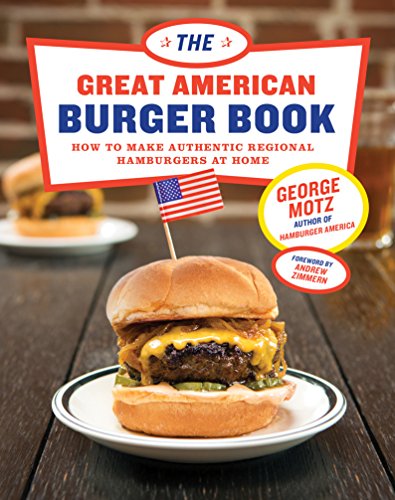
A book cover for The Great American Burger Book: How to Make Authentic Regional Hamburgers at Home; George Motz; Cookbooks, Food & Wine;